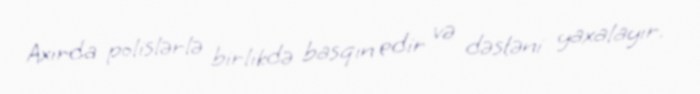
Axırda polislərlə birlikdə basqın edir və dəstəni yaxalayır.